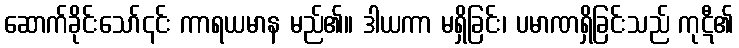
ဆောက်ခိုင်းသော်၎င်း ကာရယမာန မည်၏။ ဒါယကာ မရှိခြင်း၊ ပမာဏရှိခြင်းသည် ကုဋီ၏